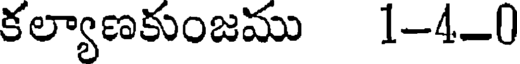
కల్యాణకుంజము 1-4-0